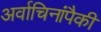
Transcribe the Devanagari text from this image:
अर्वाचिनांपैकी